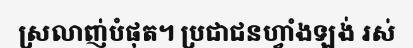
ស្រលាញ់បំផុត។ ប្រជាជនហ្វាំងឡង់ រស់